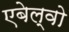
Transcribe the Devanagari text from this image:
एबेल्वो